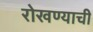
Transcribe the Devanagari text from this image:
रोखण्याची